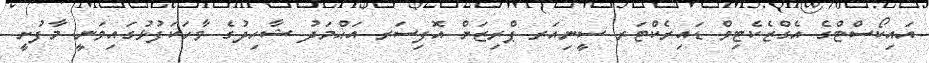
އައިކޯސްޓްގެ އެގްޒެކެޓިވް ޑައިރެކްޓަރ ސީނިއަރ ޕްރިޒަން އޮފިސަރ އަޙްމަދު ޝާހިދުގެ ވާހަކަފުޅުގައިވަނީ މާފުށީ